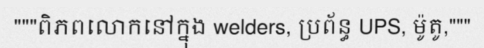
"""ពិភពលោកនៅក្នុង welders, ប្រព័ន្ធ UPS, ម៉ូតូ,"""